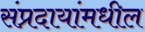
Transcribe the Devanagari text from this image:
संप्रदायांमधील